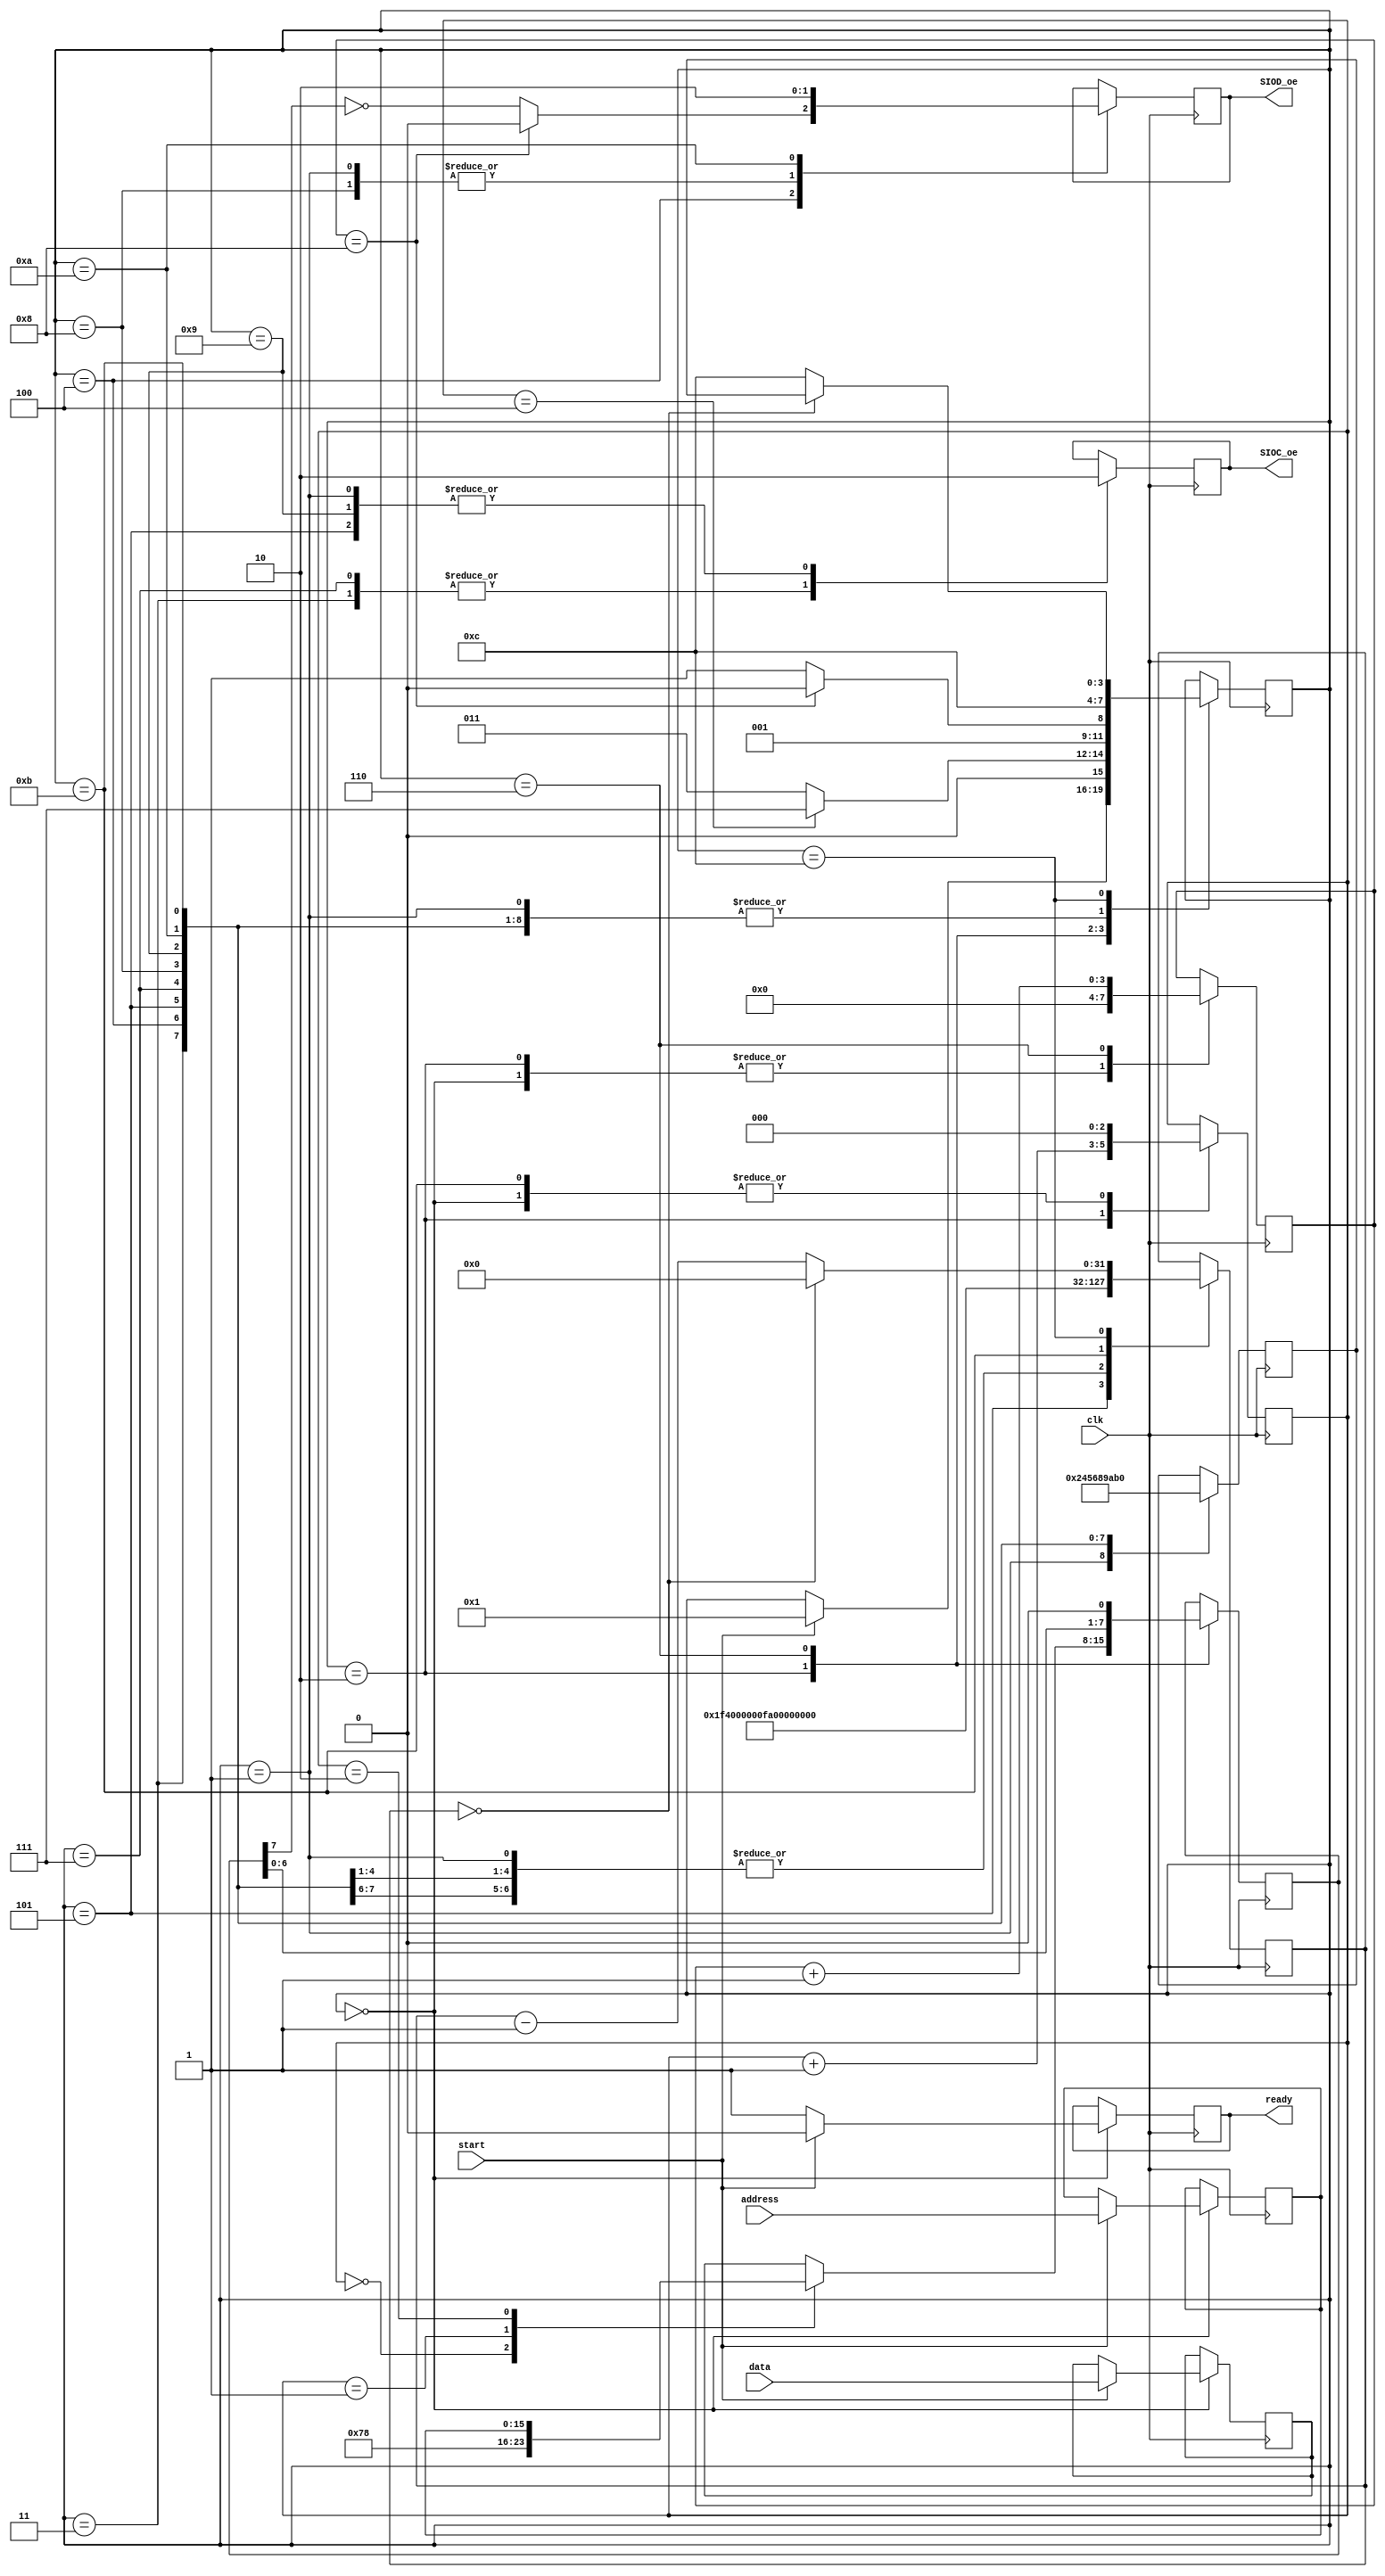
// This program was cloned from: https://github.com/sh-vlad/FPGA_rtime_HDR_video
// License: Apache License 2.0

`timescale 1ns / 1ps


module SCCB_interface
#(
    parameter CLK_FREQ = 25000000,
    parameter SCCB_FREQ = 100000
)
(
    input wire clk,
    input wire start,
    input wire [15:0] address,
    input wire [7:0] data,
    output reg ready,
    output reg SIOC_oe,
    output reg SIOD_oe
    );
    
    localparam CAMERA_ADDR = 8'h78;
    localparam FSM_IDLE = 0;
    localparam FSM_START_SIGNAL = 1;
    localparam FSM_LOAD_BYTE = 2;
    localparam FSM_TX_BYTE_1 = 3;
    localparam FSM_TX_BYTE_2 = 4;
    localparam FSM_TX_BYTE_3 = 5;
    localparam FSM_TX_BYTE_4 = 6;
    localparam FSM_END_SIGNAL_1 = 7;
    localparam FSM_END_SIGNAL_2 = 8;
    localparam FSM_END_SIGNAL_3 = 9;
    localparam FSM_END_SIGNAL_4 = 10;
    localparam FSM_DONE = 11;
    localparam FSM_TIMER = 12;
    
    
    initial begin 
        SIOC_oe = 0;
        SIOD_oe = 0;
        ready = 1;
    end
    
    reg [3:0] FSM_state = 0;
    reg [3:0] FSM_return_state = 0;
    reg [31:0] timer = 0;
    reg [15:0] latched_address;
    reg [7:0] latched_data; 
    reg [2:0] byte_counter = 0;
    reg [7:0] tx_byte = 0;
    reg [3:0] byte_index = 0;
    
    
    always@(posedge clk) begin
        
        case(FSM_state) 
        
            FSM_IDLE: begin
                byte_index <= 0;
                byte_counter <= 0;
                if (start) begin 
                    FSM_state <= FSM_START_SIGNAL;
                    latched_address <= address;
                    latched_data <= data;
                    ready <= 0;
                end
                else begin
                    ready <= 1;
                end
            end
            
            FSM_START_SIGNAL: begin //comunication interface start signal, bring SIOD low
                FSM_state <= FSM_TIMER;
                FSM_return_state <= FSM_LOAD_BYTE;
                timer <= 'd250;// (CLK_FREQ/(4*SCCB_FREQ));
                SIOC_oe <= 0;
                SIOD_oe <= 1;
            end
            
            FSM_LOAD_BYTE: begin //load next byte to be transmitted
                FSM_state <= (byte_counter == 4) ? FSM_END_SIGNAL_1 : FSM_TX_BYTE_1;
                byte_counter <= byte_counter + 1;
                byte_index <= 0; //clear byte index
                case(byte_counter)
                    0: tx_byte <= CAMERA_ADDR;
                    1: tx_byte <= latched_address[15:8];
                    2: tx_byte <= latched_address[7:0];
                    3: tx_byte <= latched_data;
                    default: tx_byte <= latched_data;
                endcase
            end
            
            FSM_TX_BYTE_1: begin //bring SIOC low and and delay for next state 
                FSM_state <= FSM_TIMER;
                FSM_return_state <= FSM_TX_BYTE_2;
                timer <= 'd250;//(CLK_FREQ/(4*SCCB_FREQ));
                SIOC_oe <= 1; 
            end
            
            FSM_TX_BYTE_2: begin //assign output data, 
                FSM_state <= FSM_TIMER;
                FSM_return_state <= FSM_TX_BYTE_3;
                timer <= 'd250;//(CLK_FREQ/(4*SCCB_FREQ)); //delay for SIOD to stabilize
                SIOD_oe <= (byte_index == 8) ? 0 : ~tx_byte[7]; //allow for 9 cycle ack, output enable signal is inverting
            end
            
            FSM_TX_BYTE_3: begin // bring SIOC high 
                FSM_state <= FSM_TIMER;
                FSM_return_state <= FSM_TX_BYTE_4;
                timer <= 'd500;//(CLK_FREQ/(2*SCCB_FREQ));
                SIOC_oe <= 0; //output enable is an inverting pulldown
            end
            
            FSM_TX_BYTE_4: begin //check for end of byte, incriment counter
                FSM_state <= (byte_index == 8) ? FSM_LOAD_BYTE : FSM_TX_BYTE_1;
                tx_byte <= tx_byte<<1; //shift in next data bit
                byte_index <= byte_index + 1;
            end
            
            FSM_END_SIGNAL_1: begin //state is entered with SIOC high, SIOD high. Start by bringing SIOC low
                FSM_state <= FSM_TIMER;
                FSM_return_state <= FSM_END_SIGNAL_2;
                timer <= 'd250;//(CLK_FREQ/(4*SCCB_FREQ));
                SIOC_oe <= 1;
            end
            
            FSM_END_SIGNAL_2: begin // while SIOC is low, bring SIOD low 
                FSM_state <= FSM_TIMER;
                FSM_return_state <= FSM_END_SIGNAL_3;
                timer <= 'd250;//(CLK_FREQ/(4*SCCB_FREQ));
                SIOD_oe <= 1;
            end
            
            FSM_END_SIGNAL_3: begin // bring SIOC high
                FSM_state <= FSM_TIMER;
                FSM_return_state <= FSM_END_SIGNAL_4;
                timer <= 'd250;//(CLK_FREQ/(4*SCCB_FREQ));
                SIOC_oe <= 0;
            end
            
            FSM_END_SIGNAL_4: begin // bring SIOD high when SIOC is high
                FSM_state <= FSM_TIMER;
                FSM_return_state <= FSM_DONE;
                timer <= 'd250;//(CLK_FREQ/(4*SCCB_FREQ));
                SIOD_oe <= 0;
            end
            
            FSM_DONE: begin //add delay between transactions
                FSM_state <= FSM_TIMER;
                FSM_return_state <= FSM_IDLE;
                timer <= 'd1000;//(2*CLK_FREQ/(SCCB_FREQ));
                byte_counter <= 0;
            end
            
            FSM_TIMER: begin //count down and jump to next state
                FSM_state <= (timer == 0) ? FSM_return_state : FSM_TIMER;
                timer <= (timer==0) ? 0 : timer - 1;
            end
        endcase
    end
    
    
endmodule